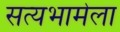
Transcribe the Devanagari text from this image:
सत्यभामेला